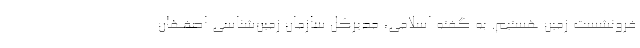
فرونشست زمین هستیم. به گفته اسلامی، مدیرکل سازمان زمین‌شناسی اصفهان